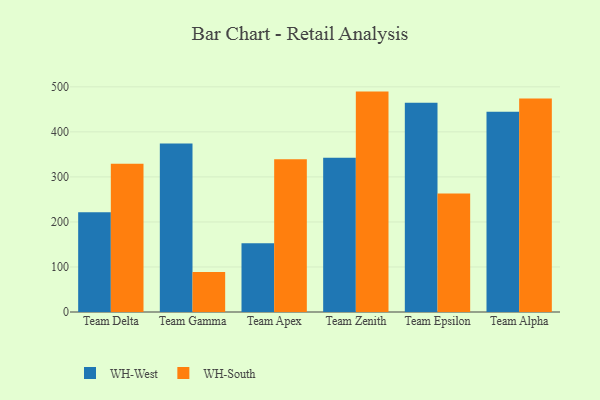
{"axis": {"x": "Team", "y": "Revenue (USD Million)"}, "legend": ["WH-South", "WH-West"], "data": [{"x": "Team Delta", "y": 221.7, "type": "WH-West"}, {"x": "Team Delta", "y": 329.4, "type": "WH-South"}, {"x": "Team Gamma", "y": 374.0, "type": "WH-West"}, {"x": "Team Gamma", "y": 88.6, "type": "WH-South"}, {"x": "Team Apex", "y": 152.4, "type": "WH-West"}, {"x": "Team Apex", "y": 339.1, "type": "WH-South"}, {"x": "Team Zenith", "y": 342.5, "type": "WH-West"}, {"x": "Team Zenith", "y": 489.4, "type": "WH-South"}, {"x": "Team Epsilon", "y": 464.6, "type": "WH-West"}, {"x": "Team Epsilon", "y": 262.9, "type": "WH-South"}, {"x": "Team Alpha", "y": 444.7, "type": "WH-West"}, {"x": "Team Alpha", "y": 474.0, "type": "WH-South"}]}